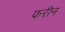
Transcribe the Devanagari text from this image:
फरीन